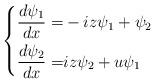
LaTeX: \begin{align*}\left\{ \begin{aligned}\frac{d\psi_1}{dx} =& -i z \psi_1 + \psi_2 \\\frac{d\psi_2}{dx} = & i z \psi_2 + u \psi_1\end{aligned}\right.\end{align*}